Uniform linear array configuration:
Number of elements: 4
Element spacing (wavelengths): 1
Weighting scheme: cosine
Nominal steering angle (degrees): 60
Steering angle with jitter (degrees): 60.086
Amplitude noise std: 0.05
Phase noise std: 0.05

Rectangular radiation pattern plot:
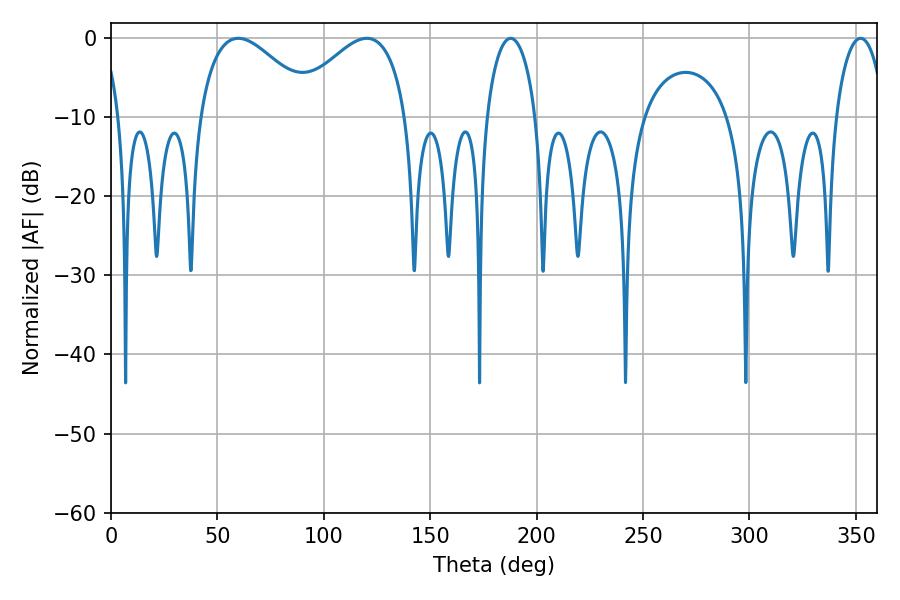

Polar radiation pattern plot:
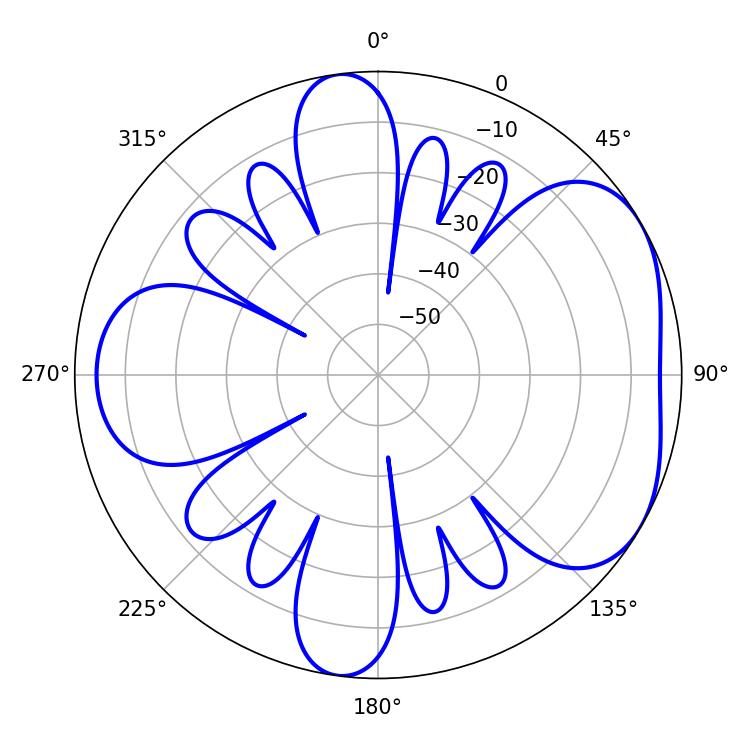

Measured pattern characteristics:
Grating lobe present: TRUE
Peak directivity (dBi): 4.71
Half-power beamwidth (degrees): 29.7
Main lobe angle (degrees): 59.76